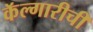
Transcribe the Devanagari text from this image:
कॅल्गारीची